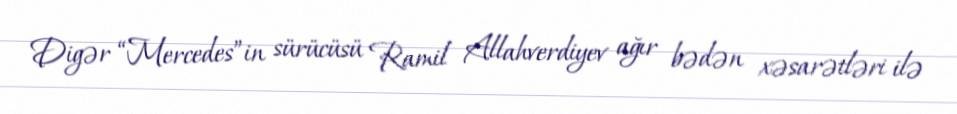
Digər “Mercedes”in sürücüsü Ramil Allahverdiyev ağır bədən xəsarətləri ilə